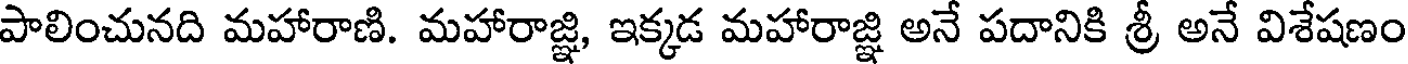
పాలించునది మహారాణి. మహారాజ్ఞి, ఇక్కడ మహారాజ్ఞి అనే పదానికి శ్రీ అనే విశేషణం